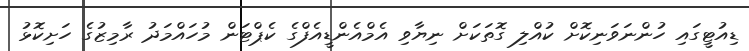
ޑިއުޓީގައި ހުންނަވަނިކޮށް ކުއްލި ގޮތަކަށް ނިޔާވި އެމްއެންޑީއެފްގެ ކެޕްޓަން މުހައްމަދު ރާމިޒުގެ ހަށިކޮޅު